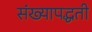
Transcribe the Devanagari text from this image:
संख्यापद्धती